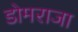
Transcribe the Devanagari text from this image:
डोमराजा